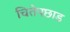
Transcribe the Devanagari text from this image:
चितेपछाड